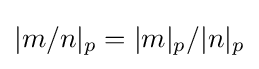
|m/n|_{p}=|m|_{p}/|n|_{p}